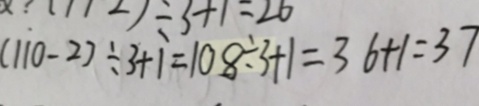
( 1 1 0 - 2 ) \div 3 + 1 = 1 0 8 \div 3 + 1 = 3 6 + 1 = 3 7